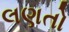
લણતો